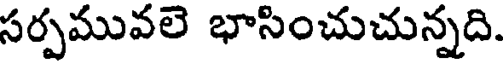
సర్పమువలె భాసించుచున్నది.